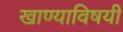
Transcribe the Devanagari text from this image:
खाण्याविषयी